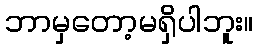
ဘာမှတော့မရှိပါဘူး။